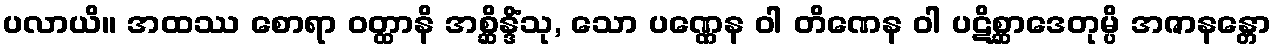
ပလာယိ။ အထဿ စောရာ ဝတ္ထာနိ အစ္ဆိန္ဒိံသု, သော ပဏ္ဏေန ဝါ တိဏေန ဝါ ပဋိစ္ဆာဒေတုမ္ပိ အဇာနန္တော